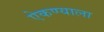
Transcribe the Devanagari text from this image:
ऐकण्याला